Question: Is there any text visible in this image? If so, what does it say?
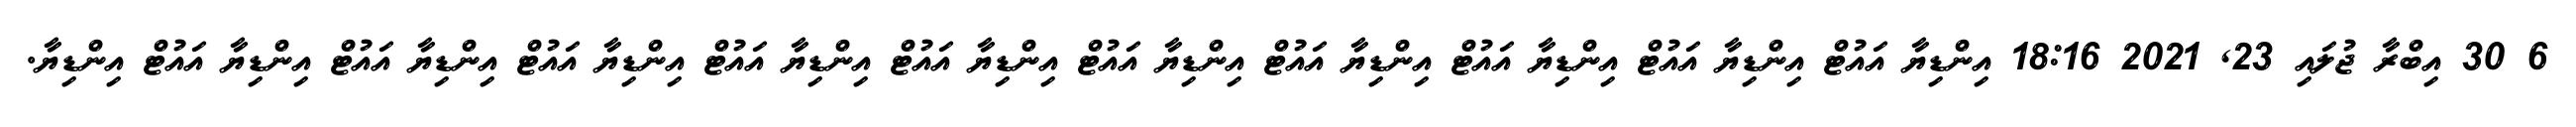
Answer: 6 30 އިބްރާ ޖުލައި 23, 2021 18:16 އިންޑިޔާ އައުޓް އިންޑިޔާ އައުޓް އިންޑިޔާ އައުޓް އިންޑިޔާ އައުޓް އިންޑިޔާ އައުޓް އިންޑިޔާ އައުޓް އިންޑިޔާ އައުޓް އިންޑިޔާ އައުޓް އިންޑިޔާ އައުޓް އިންޑިޔާ އައުޓް އިންޑިޔާ.